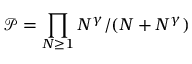
\mathcal { P } = \prod _ { N \geq 1 } N ^ { \gamma } / ( N + N ^ { \gamma } )